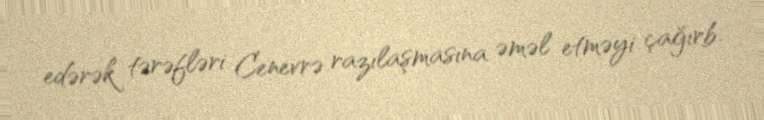
edərək tərəfləri Cenevrə razılaşmasına əməl etməyi çağırb.